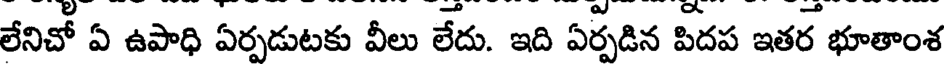
లేనిచో ఏ ఉపాధి ఏర్పడుటకు వీలు లేదు. ఇది ఏర్పడిన పిదప ఇతర భూతాంశ